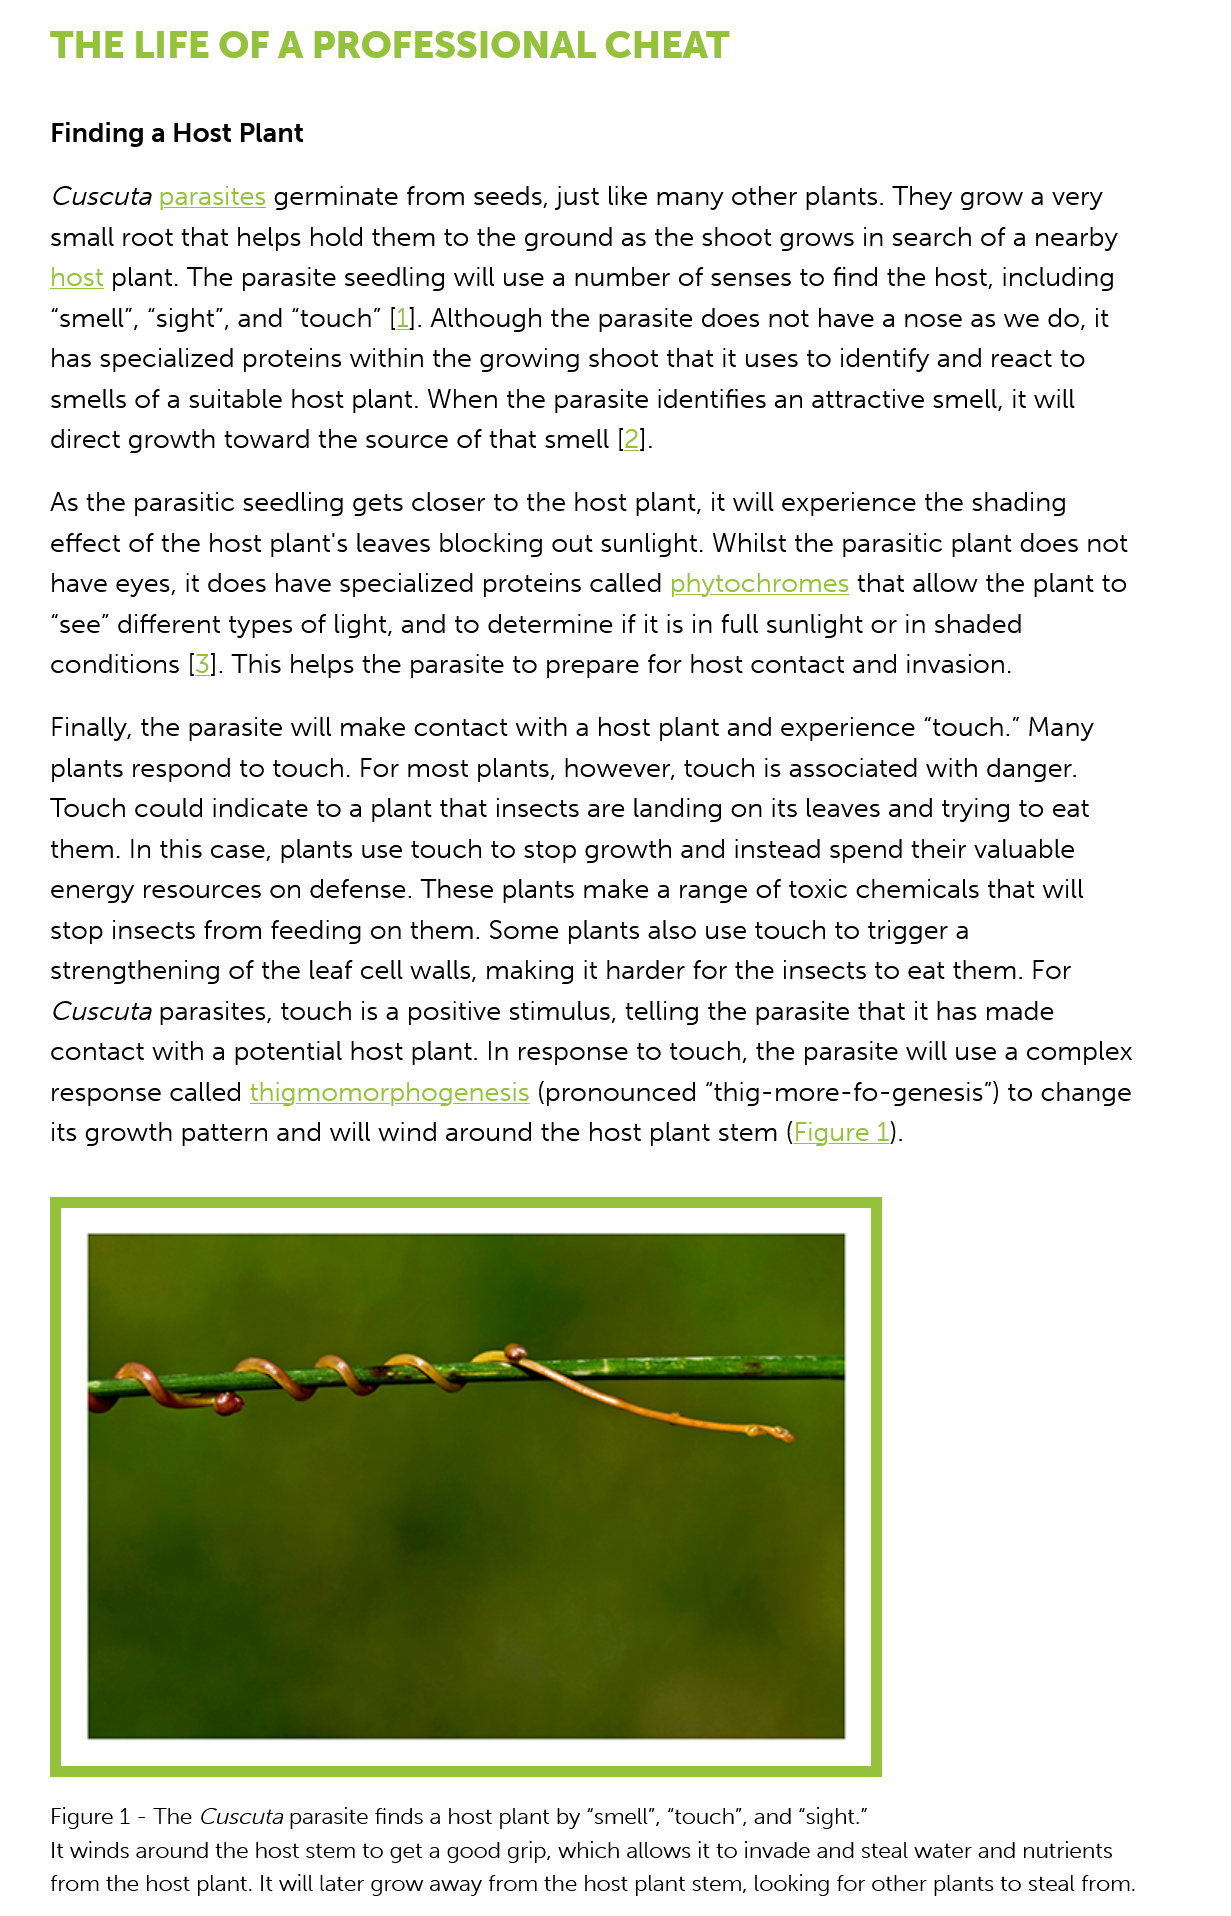
Figure 1
     -
     The Cuscuta parasite finds a host plant by “smell”, “touch”, and “sight.”
     It winds around the host stem to get a good grip, which allows it to invade and steal water and nutrients
     from the host plant. It will later grow away from the host plant stem, looking for other plants to steal from.
     As the parasitic seedling gets closer to the host plant, it will experience the shading
     effect of the host plant's leaves blocking out sunlight. Whilst the parasitic plant does not
     have eyes, it does have specialized proteins called phytochromes that allow  the  plant to
     “see” different types of light, and to determine if it is in full sunlight or in shaded
     conditions [3]. This helps the parasite to prepare for host contact and invasion.
     Finally, the parasite will make contact with a host plant and experience “touch.” Many
     plants respond to touch.  For most plants, however, touch  is associated with danger.
     Touch  could indicate to a plant that insects are landing on its leaves and trying to eat
     them. In this case, plants use touch to stop growth and  instead spend their valuable
     energy resources  on defense. These  plants make  a range of toxic chemicals  that will
     stop insects from feeding on  them. Some plants  also use touch to  trigger a
     strengthening  of the leaf cell walls, making it harder for the insects to eat them. For
     Cuscuta  parasites, touch is a positive stimulus, telling the parasite that it has made
     contact with a potential host plant. In response to touch, the parasite will use a complex
     response  called thigmomorphogenesis    (pronounced   “thig-more-fo-genesis”)  to change

     its growth pattern and will wind around the  host plant stem (Figure 1).
     Finding a Host  Plant
     THE    LIFE   OF   A  PROFESSIONAL    CHEAT
     Cuscuta  parasites germinate from  seeds, just like many other plants. They grow a very
     small root that helps hold them to the ground  as the shoot grows in  search of a nearby
     host plant. The parasite seedling will use a number of senses to find the host, including
     “smell”, “sight”, and “touch” [1]. Although the parasite does not have a nose as we do, it
     has specialized proteins within the growing shoot that it uses to identify and react to
     smells of a suitable host plant. When the parasite identifies an attractive smell, it will
     direct growth toward  the source of that smell [2].